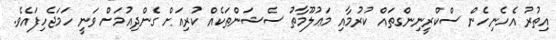
އިތުރު އެހެނިހެން ސްކްރީނިންގތައް ކުރުމާއި މަޢުލޫމާތު ސެޝަންތަކެއް ކުރިއަށް ގެންދިއުމަށް ވަނީ ހަމަޖެހިފައެވެ.